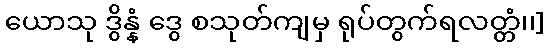
ယောသု ဒွိန္နံ ဒွေ စသုတ်ကျမှ ရုပ်တွက်ရလတ္တံ၊၊]